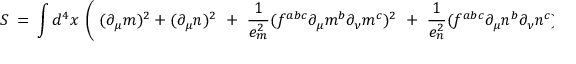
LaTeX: S \ = \ \int d ^ { 4 } x \ \left( \ ( \partial _ { \mu } m ) ^ { 2 } + ( \partial _ { \mu } n ) ^ { 2 } \ + \ \frac { 1 } { e _ { m } ^ { 2 } } ( f ^ { a b c } \partial _ { \mu } m ^ { b } \partial _ { \nu } m ^ { c } ) ^ { 2 } \ + \ \frac { 1 } { e _ { n } ^ { 2 } } ( f ^ { a b c } \partial _ { \mu } n ^ { b } \partial _ { \nu } n ^ { c } ) ^ { 2 } \ \right)